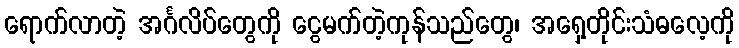
ရောက်လာတဲ့ အင်္ဂလိပ်တွေကို ငွေမက်တဲ့ကုန်သည်တွေ၊ အရှေ့တိုင်းသံဓလေ့ကို